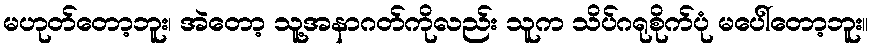
မဟုတ်တော့ဘူး၊ အဲတော့ သူ့အနာဂတ်ကိုလည်း သူက သိပ်ဂရုစိုက်ပုံ မပေါ်တော့ဘူး။